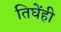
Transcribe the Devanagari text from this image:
तिघेंही